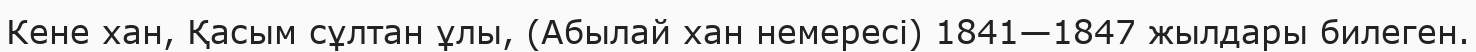
Кене хан, Қасым сұлтан ұлы, (Абылай хан немересі) 1841—1847 жылдары билеген.